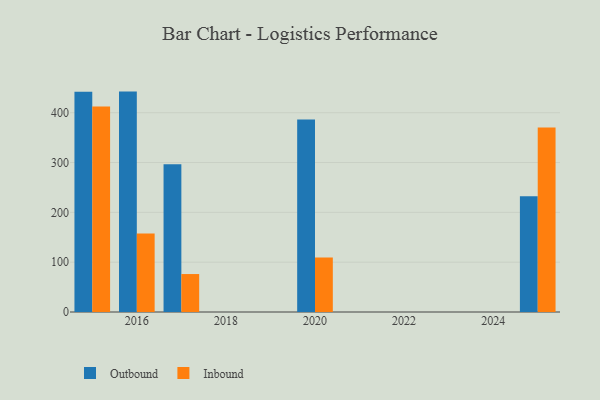
{"axis": {"x": "Year", "y": "Temperature (°C)"}, "legend": ["Inbound", "Outbound"], "data": [{"x": "2025", "y": 232.4, "type": "Outbound"}, {"x": "2025", "y": 370.4, "type": "Inbound"}, {"x": "2015", "y": 442.1, "type": "Outbound"}, {"x": "2015", "y": 412.4, "type": "Inbound"}, {"x": "2016", "y": 442.4, "type": "Outbound"}, {"x": "2016", "y": 157.8, "type": "Inbound"}, {"x": "2020", "y": 386.5, "type": "Outbound"}, {"x": "2020", "y": 109.2, "type": "Inbound"}, {"x": "2017", "y": 296.4, "type": "Outbound"}, {"x": "2017", "y": 76.2, "type": "Inbound"}]}